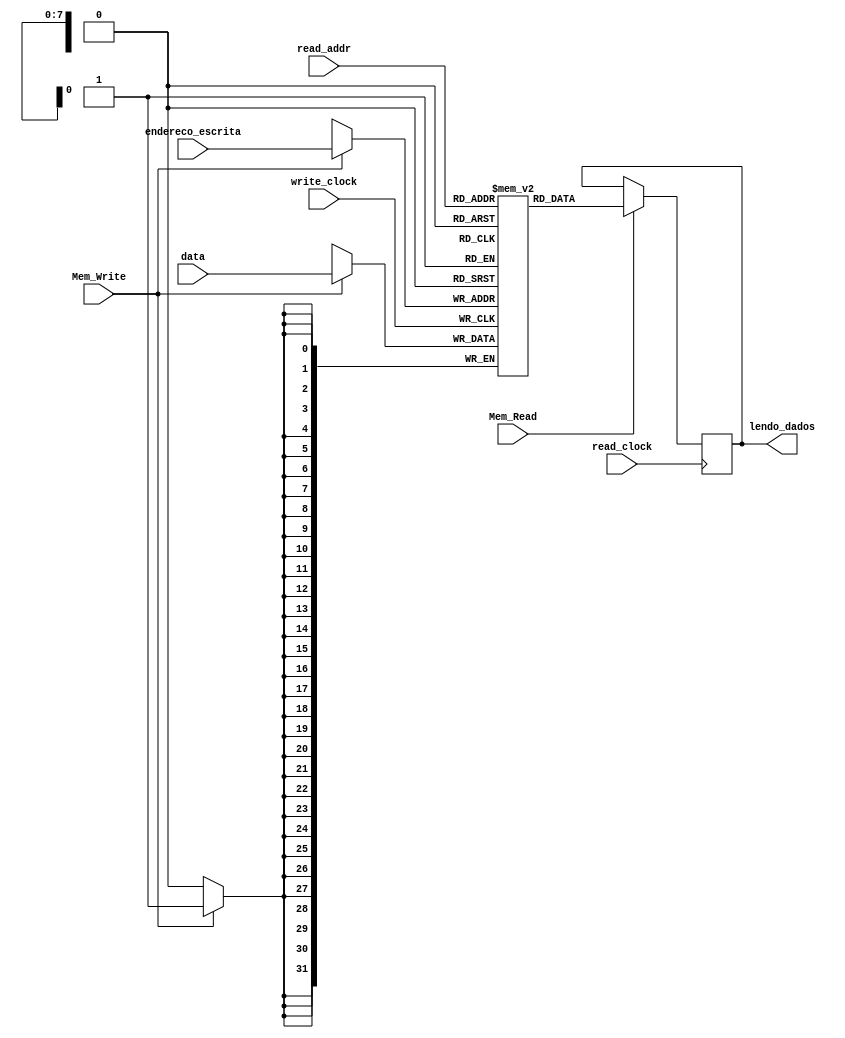
module Memoria_de_Dados
#(parameter DATA_WIDTH=32, parameter ADDR_WIDTH=8)
(
	input [(DATA_WIDTH-1):0] data,
	input [(ADDR_WIDTH-1):0] read_addr, endereco_escrita,
	input Mem_Write, Mem_Read, read_clock, write_clock,
	output reg [(DATA_WIDTH-1):0] lendo_dados
);
	
	// Declare the RAM variable
	reg [DATA_WIDTH-1:0] ram[2**ADDR_WIDTH-1:0];
	
	always @ (posedge write_clock)
	begin
		// Write
		if (Mem_Write) //exemplo : sw (store word)
			ram[endereco_escrita] <= data;
	end
	
	always @ (posedge read_clock)
	begin
		// Read 
		if (Mem_Read) //exemplo : lw (load word)
			lendo_dados <= ram[read_addr];
	end
	
endmodule